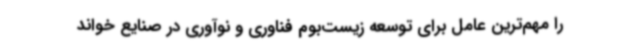
را مهم‌ترین عامل برای توسعه زیست‌بوم فناوری و نوآوری در صنایع خواند